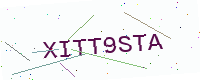
Text: XITT9STA